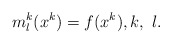
\begin{align*}m^k_l(x^k)=f(x^k),k,\ l.\end{align*}